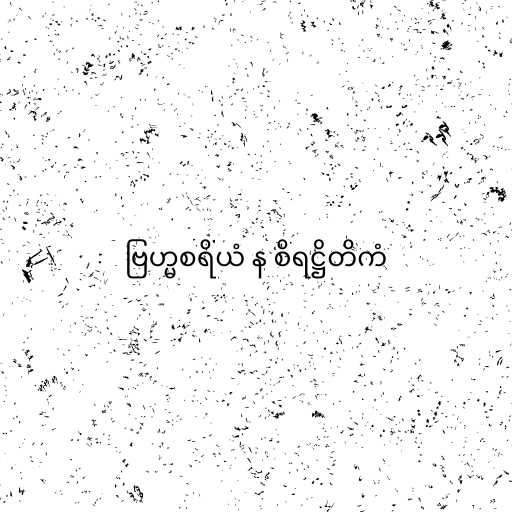
ဗြဟ္မစရိယံ န စိရဋ္ဌိတိကံ